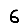
Digit: 6